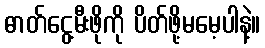
ဓာတ်ငွေ့မီးဖိုကို ပိတ်ဖို့မမေ့ပါနဲ့။